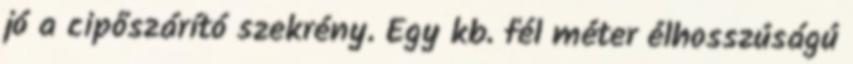
jó a cipőszárító szekrény. Egy kb. fél méter élhosszúságú